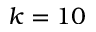
k = 1 0